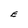
Character: E